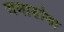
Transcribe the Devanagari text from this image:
जमाडोबा